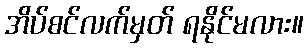
အိပ်စင်လက်မှတ် ရနိုင်မလား။